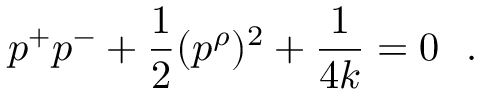
p ^ { + } p ^ { - } + \frac { 1 } { 2 } ( p ^ { \rho } ) ^ { 2 } + \frac { 1 } { 4 k } = 0 ~ ~ .